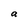
Character: a